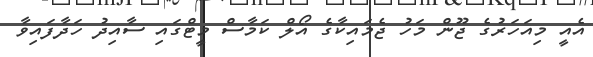
އެއީ މިއަހަރުގެ ޖޫން މަހު ޖެމައިކާގެ އޯލް ކަމާސް މީޓްގައި ސާއިދު ހަދާފައިވާ